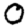
Digit: 0